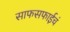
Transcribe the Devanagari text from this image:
साफसफाईचं